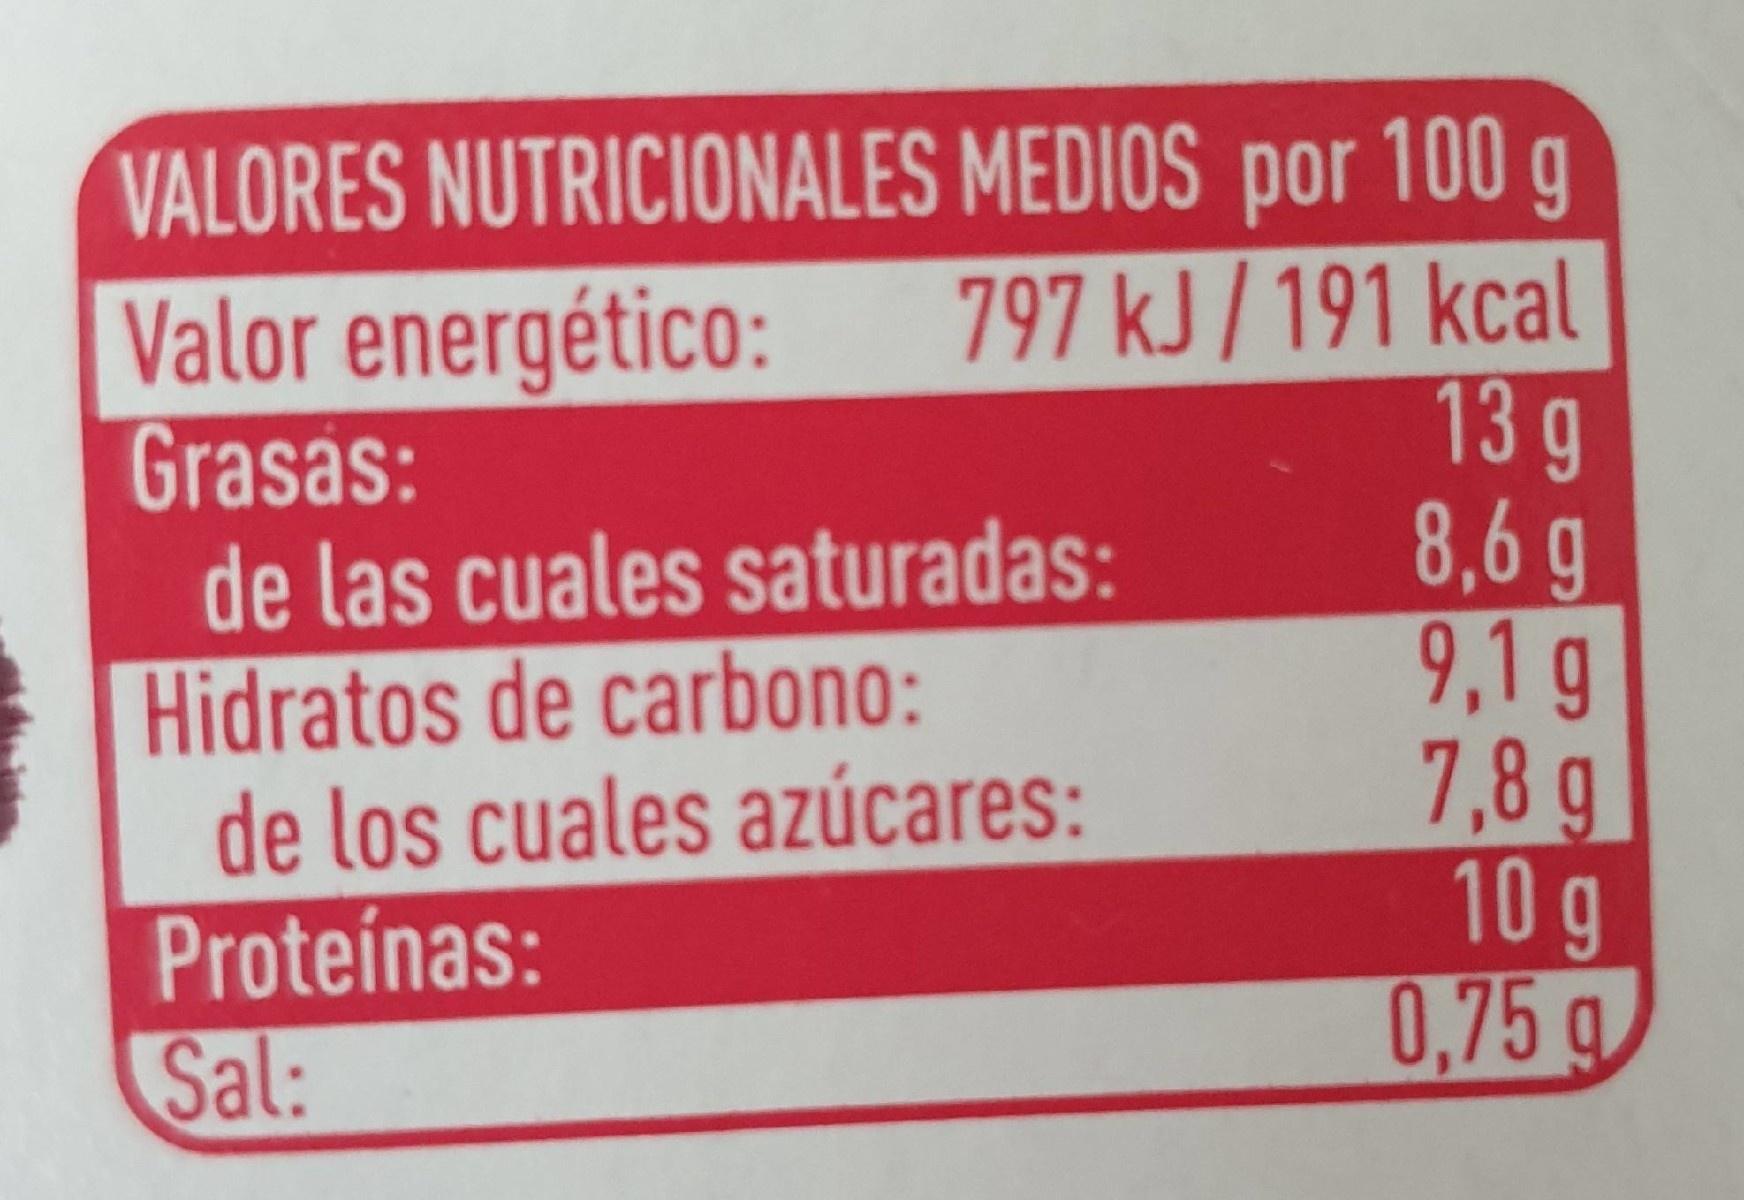
VALORES NUTRICIONALES MEDIOS por 100 g Valor energético: Grasas: de las cuales saturadas: Hidratos de carbono: de los cuales azúcares: Proteínas: Sal:
797 kJ / 191 kcal 13g
8,6 g 9,1 g 7,8 g 10g 0,75g